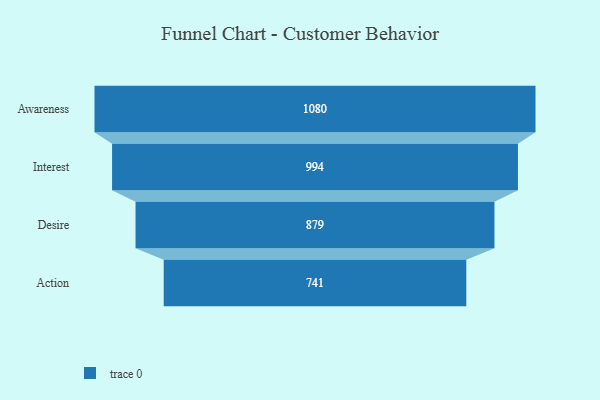
{"axis": {"x": "Stage", "y": "Value"}, "legend": [""], "data": [{"x": "Awareness", "y": 1080.0, "type": ""}, {"x": "Interest", "y": 994.0, "type": ""}, {"x": "Desire", "y": 879.0, "type": ""}, {"x": "Action", "y": 741.0, "type": ""}]}